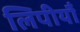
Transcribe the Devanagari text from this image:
लिपीयौं